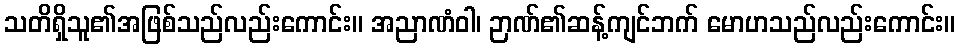
သတိရှိသူ၏အဖြစ်သည်လည်းကောင်း။ အညာဏံဝါ၊ ဉာဏ်၏ဆန့်ကျင်ဘက် မောဟသည်လည်းကောင်း။